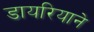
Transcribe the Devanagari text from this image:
डायरियाने